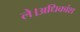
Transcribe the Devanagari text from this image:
ले।अधिकांश